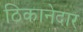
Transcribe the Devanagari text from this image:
ठिकानेदार